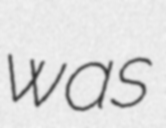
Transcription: was